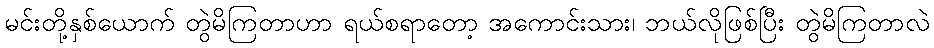
မင်းတို့နှစ်ယောက် တွဲမိကြတာဟာ ရယ်စရာတော့ အကောင်းသား၊ ဘယ်လိုဖြစ်ပြီး တွဲမိကြတာလဲ